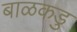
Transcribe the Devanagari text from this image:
बाळकडु